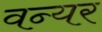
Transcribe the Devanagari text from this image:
वन्यर